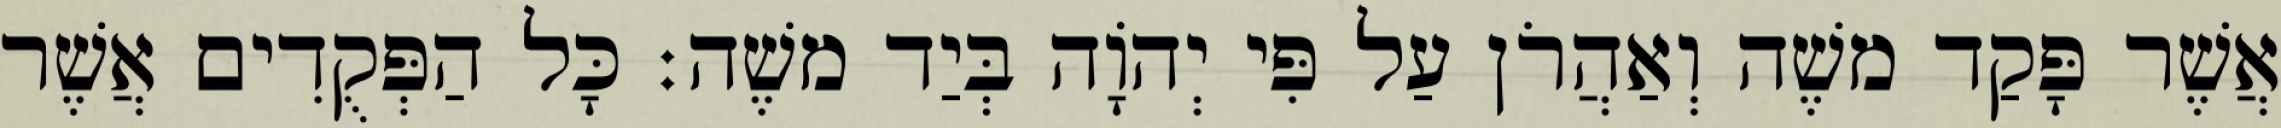
אֲשֶׁר פָּקַד משֶׁה וְאַהֲרֹן עַל פִּי יְהוָֹה בְּיַד משֶׁה׃ כָּל הַפְּקֻדִים אֲשֶׁר